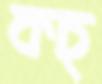
কচ্‌